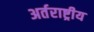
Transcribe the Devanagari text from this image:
अर्तराष्ट्रीय